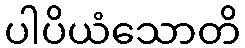
ပါပိယံသောတိ